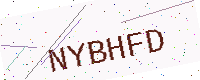
Text: NYBHFD